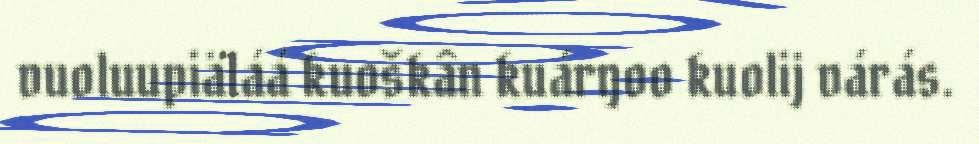
vuoluupiäláá kuoškân kuárŋoo kuolij várás.